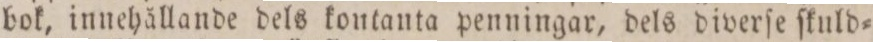
bok, innehållande dels kontanta penningar, dels diverſe ſkuld=